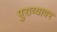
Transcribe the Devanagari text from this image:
पुराव्यावर